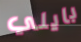
بايلي